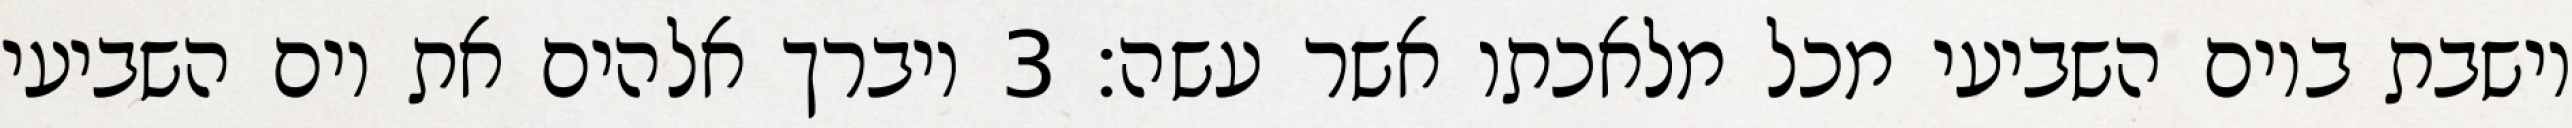
וישבת ביום השביעי מכל מלאכתו אשר עשה׃ ‎3‏ ויברך אלהים את יום השביעי